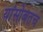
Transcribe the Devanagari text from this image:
यांसोबतच